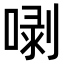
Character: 𠺣